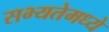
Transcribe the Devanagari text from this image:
सभ्यतेमध्ये